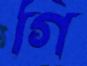
গি